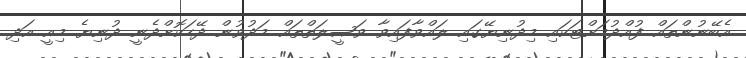
އެބޭނުންތައް ފުއްދުމަށްޓަކައި މިދުނިޔޭގައި ލައްވާފައިވާ ވަޞީލަތްތައް މަދުވުން ދޭހަކޮށްދެނީ ދުނިޔެ މިއީ އަދި